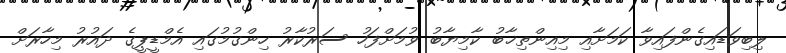
ލިބިވަޑައިގެންފައިވާ ކަމަށާއި މިއިންތިޚާބު ކާމިޔާބު ވުމަށްފަހު ސަރުކާރު ހިންގުމުގައި އެމްޑީޕީގެ ދައުރު މިހާރަށް